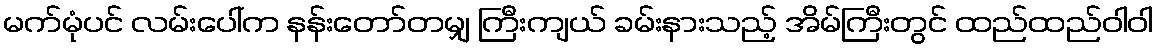
မက်မုံပင် လမ်းပေါ်က နန်းတော်တမျှ ကြီးကျယ် ခမ်းနားသည့် အိမ်ကြီးတွင် ထည်ထည်ဝါဝါ